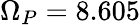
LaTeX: \Omega_{P}=8.605